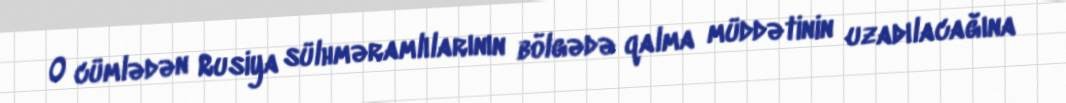
O cümlədən Rusiya sülhməramlılarının bölgədə qalma müddətinin uzadılacağına